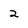
Character: 2